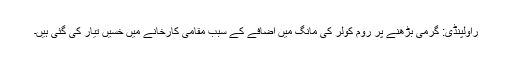
راولپنڈی: گرمی بڑھنے پر روم کولر کی مانگ میں اضافے کے سبب مقامی کارخانے میں خسیں تیار کی گئی ہیں۔